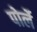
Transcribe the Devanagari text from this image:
पोर्ले